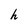
Character: h